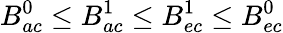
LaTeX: B_{ac}^{0}\leq B_{ac}^{1}\leq B_{ec}^{1}\leq B_{ec}^{0}